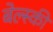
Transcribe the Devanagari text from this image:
बेल्स्की